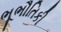
ભૂભૌતિકી